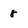
Character: 8